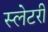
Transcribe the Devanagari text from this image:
स्लेटरी